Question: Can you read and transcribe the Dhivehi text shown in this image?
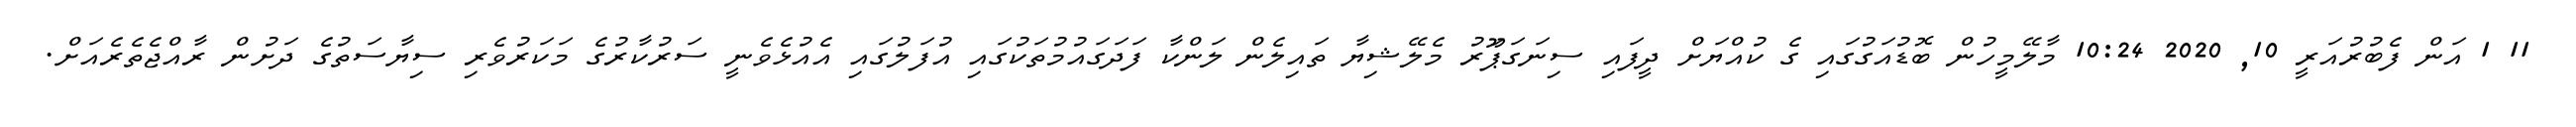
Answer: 11 1 އަން ފެބުރުއަރީ 10, 2020 10:24 މާލޭމީހުން ބޮޑުއަގުގައި ގެ ކުއްޔަށް ދީފައި ސިނަގަޕަޫރު މެލޭޝިޔާ ތައިލެން ލަންކާ ފަދަގައުމުތަކުގައި އުފަލުގައި އެއުޅެވެނީ ސަރުކާރުގެ މަކަރުވެރި ސިޔާސަތުގެ ދަށުން ރާއްޖެތެރެއަށް.